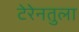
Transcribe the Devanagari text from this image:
टेरेनतुला